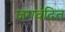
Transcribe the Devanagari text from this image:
जगवंदित